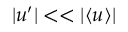
\vert u ^ { \prime } \vert < < \vert \langle { u } \rangle \vert